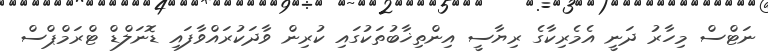
ނަޓްސް މިހާރު ދަނީ އެމެރިކާގެ ރިޔާސީ އިންތިޚާބުތަކުގައި ކުރިން ވާދަކުރައްވާފައި ޑޮނަލްޑް ޓްރަމްޕްސް